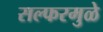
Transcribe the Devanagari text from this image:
सल्फरमुळे